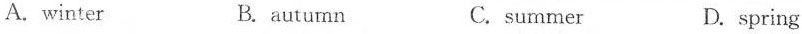
A. winter B. autumn C. summer D. spring